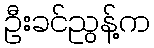
ဦးခင်ညွန့်က